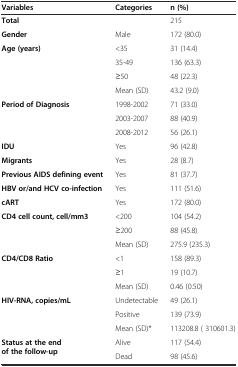
| Variables | Categories | n (%) |
 | --- | --- | --- |
 | Total |  | 215 |
 | Gender | Male | 172 (80.0) |
 | <ROWSPAN=3> Age (years) | <35 | 31 (14.4) |
 | 35-49 | 136 (63.3) |
 | ≥50 | 48 (22.3) |
 |  | Mean (SD) | 43.2 (9.0) |
 | Period of Diagnosis | 1998-2002 | 71 (33.0) |
 |  | 2003-2007 | 88 (40.9) |
 |  | 2008-2012 | 56 (26.1) |
 | IDU | Yes | 96 (42.8) |
 | Migrants | Yes | 28 (8.7) |
 | Previous AIDS defining event | Yes | 81 (37.7) |
 | HBV or/and HCV co-infection | Yes | 111 (51.6) |
 | cART | Yes | 172 (80.0) |
 | <ROWSPAN=2> CD4 cell count, cell/mm3 | <200 | 104 (54.2) |
 | ≥200 | 88 (45.8) |
 |  | Mean (SD) | 275.9 (235.3) |
 | <ROWSPAN=2> CD4/CD8 Ratio | <1 | 158 (89.3) |
 | ≥1 | 19 (10.7) |
 |  | Mean (SD) | 0.46 (0.50) |
 | <ROWSPAN=2> HIV-RNA, copies/mL | Undetectable | 49 (26.1) |
 | Positive | 139 (73.9) |
 |  | Mean (SD)* | 113208.8 ( 310601.3) |
 | <ROWSPAN=2> Status at the end of the follow-up | Alive | 117 (54.4) |
 | Dead | 98 (45.6) |